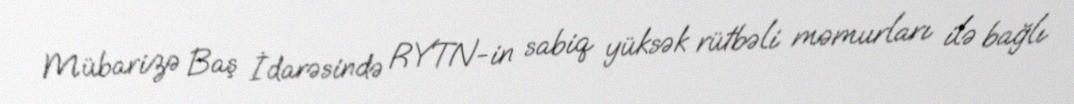
Mübarizə Baş İdarəsində RYTN-in sabiq yüksək rütbəli məmurları ilə bağlı